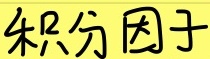
积分因子